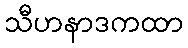
သီဟနာဒကထာ